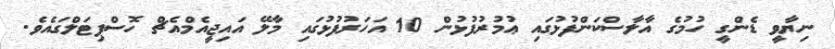
ނިޔާވީ ޑެންގީ ހުމުގެ އާލާސްކަންފުޅުގައި ޢުމުރުފުޅުން 10 އަހަރުފުޅުގައި މާލޭ އައިޖީއެމްއެޗް ހޮސްޕިޓަލްގައެވެ.